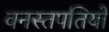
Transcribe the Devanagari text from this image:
वनस्तपतियों